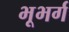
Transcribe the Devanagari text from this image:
भूभर्ग